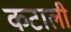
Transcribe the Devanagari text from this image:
कटाली